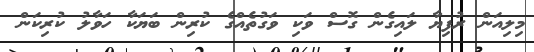
މިލިއަން ރުފިޔާ ލައިގެން ގޮސް ވަކި ވަގުތެއްގެ ކުރިން ބަޔަކާ ހަވާލު ކުރިކަން